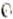
0